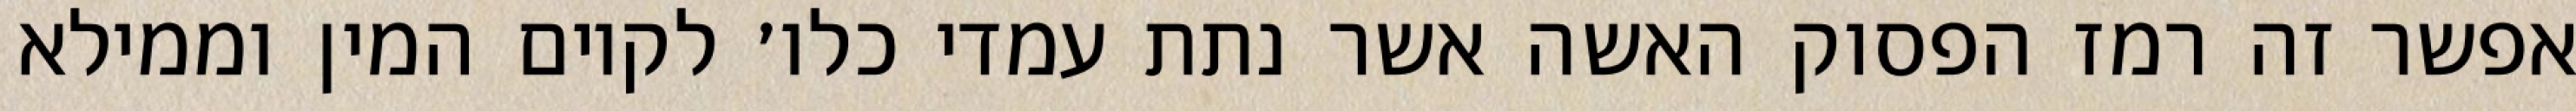
אפשר זה רמז הפסוק האשה אשר נתת עמדי כלו׳ לקיום המין וממילא